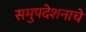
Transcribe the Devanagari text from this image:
समुपदेशनाचे